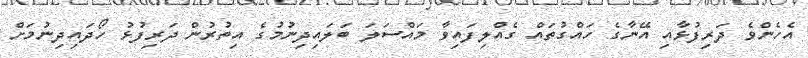
އެހެންވެ ދަރިފުޅާއި އޭނާގެ ހައްގުތައް ގެއްލިފައިވާ މައްސަލަ ބަލައިދިނުމުގެ އިތުރުން ދަރިފުޅު ހޯދައިދިނުމަށް